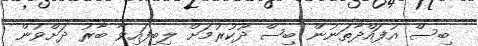
ބިސް އުފައްދާތަނުން ބިސް ދޫކުރުމަށް ލިބިފައިވާ ބާރު ދަށްވުން